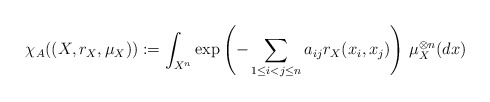
\begin{align*} \chi_A((X, r_X, \mu_X)) := \int_{X^n} \exp\left(- \sum_{1 \le i < j \le n} a_{ij} r_X(x_i,x_j)\right) \, \mu_X^{\otimes n}(dx)\end{align*}